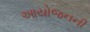
આયોજનની